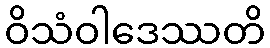
ဝိသံဝါဒေဿတိ